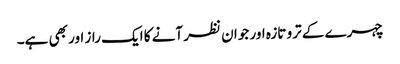
چہرے کے ترو تازہ اور جوان نظر آنے کا ایک راز اور بھی ہے۔